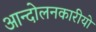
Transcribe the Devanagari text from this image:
आन्दोलनकारीयो